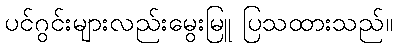
ပင်ဂွင်းများလည်းမွေးမြူ ပြသထားသည်။